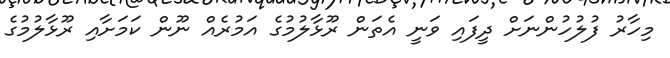
މިހާރު ފުލުހުންނަށް ދީފައި ވަނީ އެތަން ރޫޅާލުމުގެ އަމުރެއް ނޫން ކަމަށާއި ރޫޅާލުމުގެ